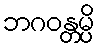
ဘဂဝန္တမ္ပိ